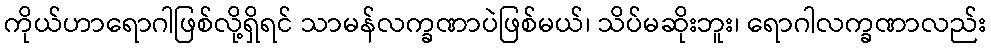
ကိုယ်ဟာရောဂါဖြစ်လို့ရှိရင် သာမန်လက္ခဏာပဲဖြစ်မယ်၊ သိပ်မဆိုးဘူး၊ ရောဂါလက္ခဏာလည်း